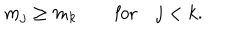
m _ { j } \geq m _ { k } \qquad \mathrm { f o r } \quad j < k .